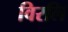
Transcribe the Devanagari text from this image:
विरलि